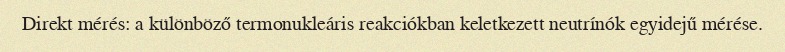
Direkt mérés: a különböző termonukleáris reakciókban keletkezett neutrínók egyidejű mérése.